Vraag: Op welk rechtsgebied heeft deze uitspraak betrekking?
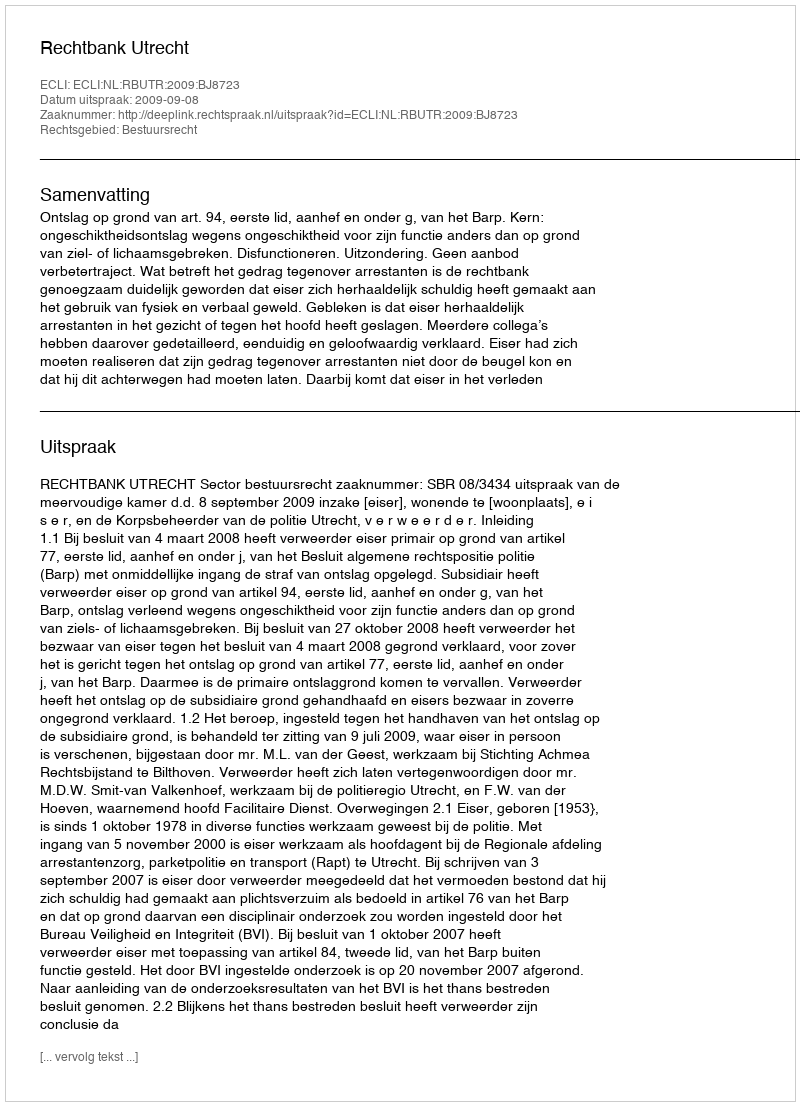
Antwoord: Bestuursrecht